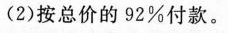
(2)按总价的92\%付款。